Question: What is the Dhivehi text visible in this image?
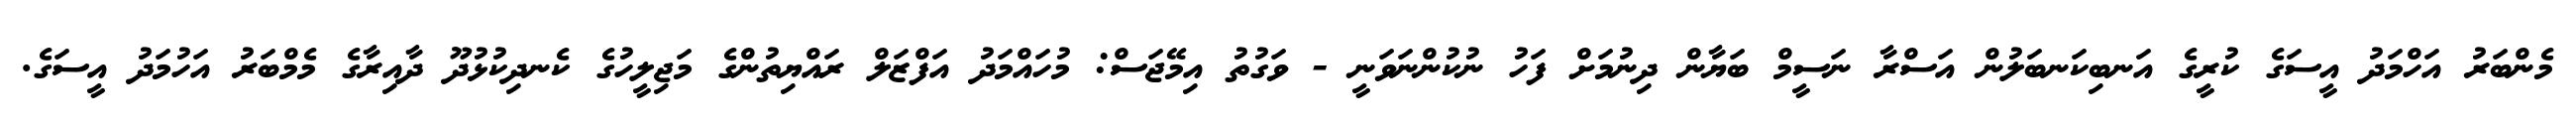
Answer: މެންބަރު އަހްމަދު އީސަގެ ކުރީގެ އަނބިކަނބަލުން އަސްރާ ނަސީމް ބަޔާން ދިނުމަށް ފަހު ނުކުންނަވަނީ - ވަގުތު އިމޭޖަސް: މުހައްމަދު އަފްޒަލް ރައްޔިތުންގެ މަޖިލީހުގެ ކެނދިކުޅުދޫ ދާއިރާގެ މެމްބަރު އަހުމަދު އީސަގެ.